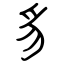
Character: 豸